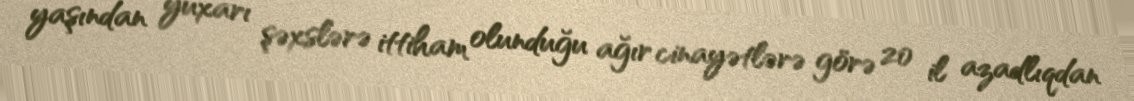
yaşından yuxarı şəxslərə ittiham olunduğu ağır cinayətlərə görə 20 il azadlıqdan